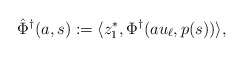
\begin{align*}\hat \Phi^\dagger(a,s) := \langle z_1^*, \Phi^\dagger(au_\ell, p(s))\rangle,\end{align*}